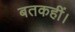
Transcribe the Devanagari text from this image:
बतकहीं।